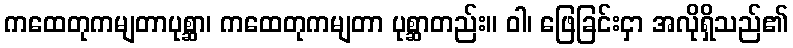
ကထေတုကမျတာပုစ္ဆာ၊ ကထေတုကမျတာ ပုစ္ဆာတည်း။ ဝါ၊ ဖြေခြင်းငှာ အလိုရှိသည်၏